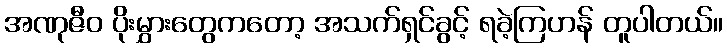
အဏုဇီဝ ပိုးမွှားတွေကတော့ အသက်ရှင်ခွင့် ရခဲ့ကြဟန် တူပါတယ်။